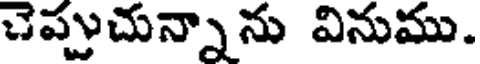
చెప్పుచున్నాను వినుము.